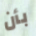
بأن